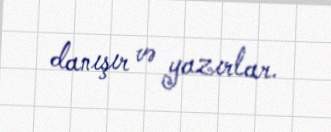
danışır və yazırlar.